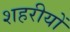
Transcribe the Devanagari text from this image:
शहरीयों